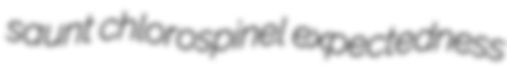
saunt chlorospinel expectedness